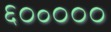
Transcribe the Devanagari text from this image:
६०॰०००